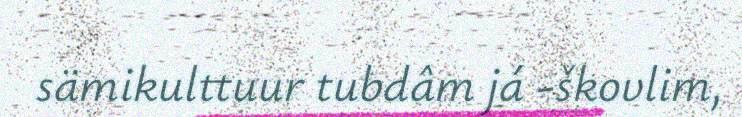
sämikulttuur tubdâm já -škovlim,